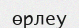
өрлеу